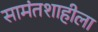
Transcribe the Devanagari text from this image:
सामंतशाहीला